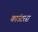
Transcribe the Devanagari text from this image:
काउंटरस